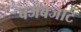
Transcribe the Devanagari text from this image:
बजबजाट